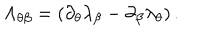
\Lambda _ { \theta \beta } = \left( \partial _ { \theta } \lambda _ { \beta } - \partial _ { \beta } \lambda _ { \theta } \right) .